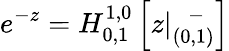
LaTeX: e^{-z}=H_{0,1}^{1,0}\left[z|_{(0,1)}^{\; \; -}\right]